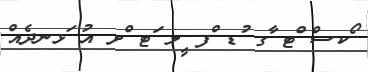
ޯކސް ްޓ ާގ ުޑ ްފ ީލ ަޓ ްށ އު ަޅނދެއް